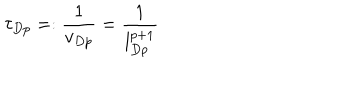
\tau _ { D p } = : \frac { 1 } { v _ { D p } } = \frac { 1 } { l _ { D p } ^ { p + 1 } }